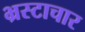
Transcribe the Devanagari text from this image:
भ्रस्टाचार